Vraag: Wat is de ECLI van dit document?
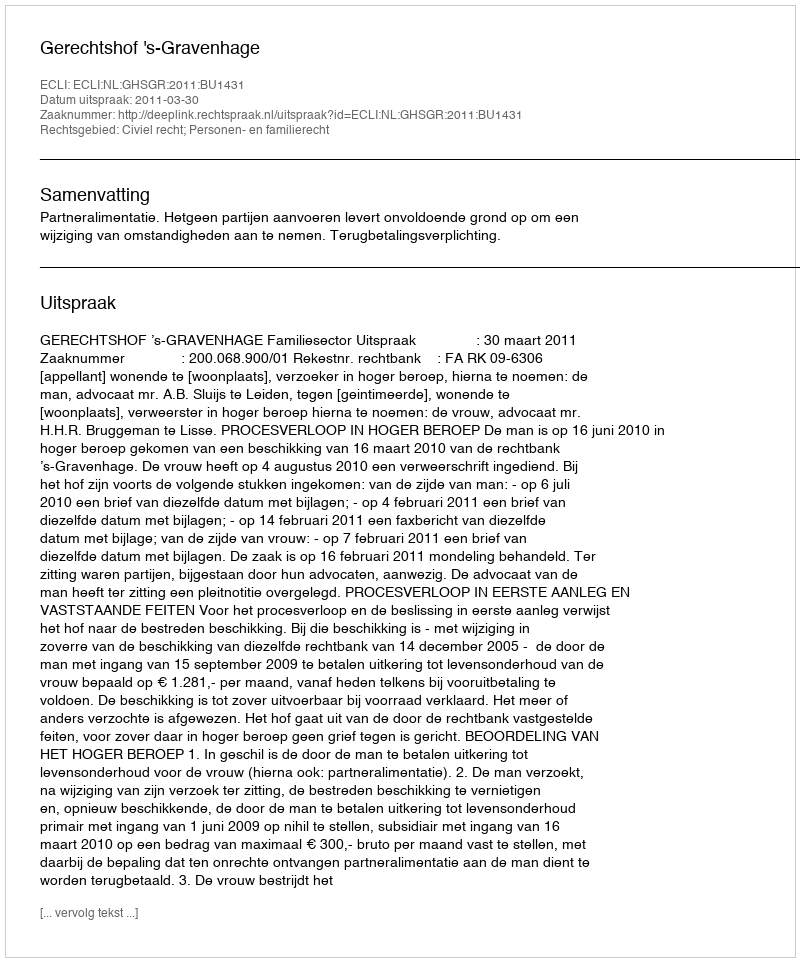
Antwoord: ECLI:NL:GHSGR:2011:BU1431